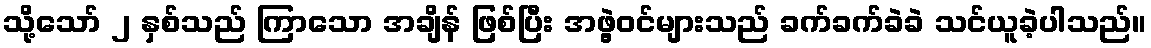
သို့သော် ၂ နှစ်သည် ကြာသော အချိန် ဖြစ်ပြီး အဖွဲ့ဝင်များသည် ခက်ခက်ခဲခဲ သင်ယူခဲ့ပါသည်။